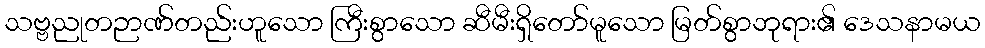
သဗ္ဗညုတဉာဏ်တည်းဟူသော ကြီးစွာသော ဆီမီးရှိတော်မူသော မြတ်စွာဘုရား၏ ဒေသနာမယ